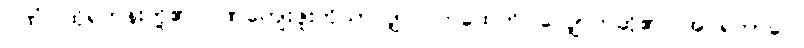
ဂုဏံ၊ ထိုရဟန်းတို့၏ ဂုဏ်ကျေးဇူးကိုသာလျှင်။ ကထေတိ၊ လျှောက်ဆို၏။ အပရဘာဂေ၊